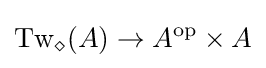
\operatorname {Tw} _{\diamond }(A)\rightarrow A^{\mathrm {op} }\times A